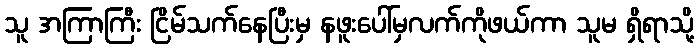
သူ အကြာကြီး ငြိမ်သက်နေပြီးမှ နဖူးပေါ်မှလက်ကိုဖယ်ကာ သူမ ရှိရာသို့